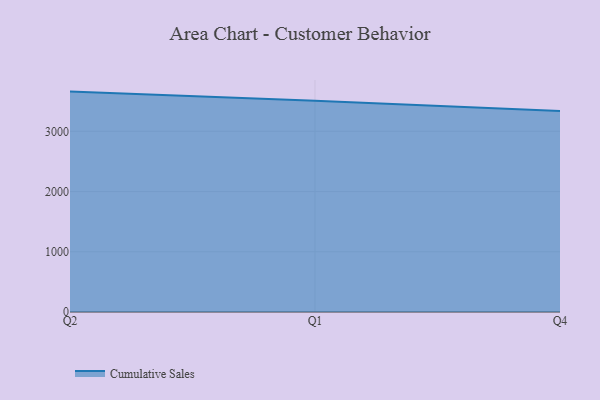
{"axis": {"x": "Quarter", "y": "Gross Profit (USD K)"}, "legend": ["Cumulative Sales"], "data": [{"x": "Q2", "y": 3659.4, "type": "Cumulative Sales"}, {"x": "Q1", "y": 3508.9, "type": "Cumulative Sales"}, {"x": "Q4", "y": 3336.1, "type": "Cumulative Sales"}]}